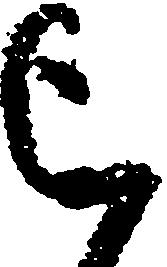
被